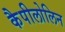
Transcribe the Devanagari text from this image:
कैपीलोलिन